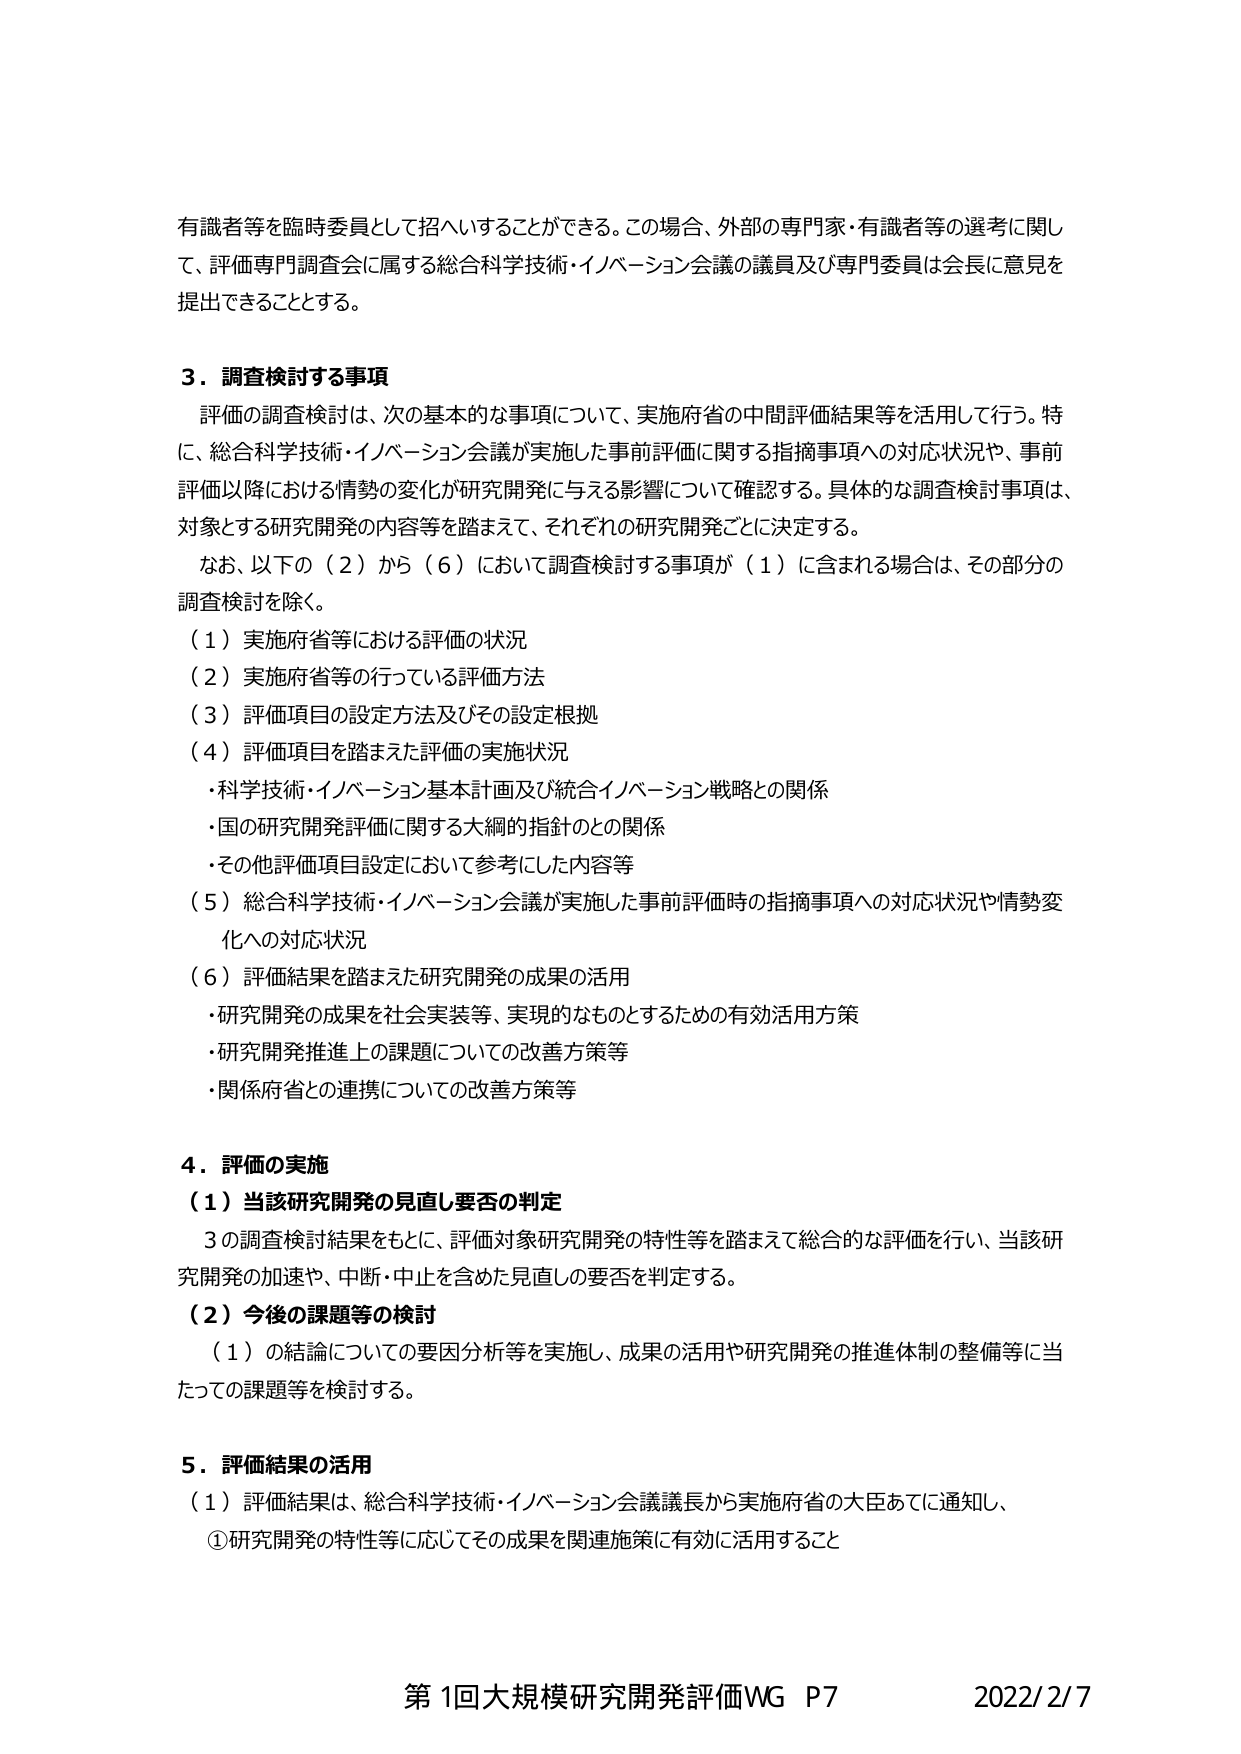
有識者等を臨時委員として招へいすることができる。この場合、外部の専門家・有識者等の選考に関して、評価専門調査会に属する総合科学技術・イノベーション会議の議員及び専門委員は会長に意見を提出できることとする。

3．調査検討する事項
評価の調査検討は、次の基本的な事項について、実施府省の中間評価結果等を活用して行う。特に、総合科学技術・イノベーション会議が実施した事前評価に関する指摘事項への対応状況や、事前評価以降における情勢の変化が研究開発に与える影響について確認する。具体的な調査検討事項は、対象とする研究開発の内容等を踏まえて、それぞれの研究開発ごとに決定する。
なお、以下の（2）から（6）において調査検討する事項が（1）に含まれる場合は、その部分の調査検討を除く。
（1）実施府省等における評価の状況
（2）実施府省等の行っている評価方法
（3）評価項目の設定方法及びその設定根拠
（4）評価項目を踏まえた評価の実施状況
・科学技術・イノベーション基本計画及び統合イノベーション戦略との関係
・国の研究開発評価に関する大綱的指針との関係
・その他評価項目設定において参考にした内容等
（5）総合科学技術・イノベーション会議が実施した事前評価時の指摘事項への対応状況や情勢変化への対応状況
（6）評価結果を踏まえた研究開発の成果の活用
・研究開発の成果を社会実装等、実現的なものとするための有効活用方策
・研究開発推進上の課題についての改善方策等
・関係府省との連携についての改善方策等

4．評価の実施
（1）当該研究開発の見直し要否の判定
3の調査検討結果をもとに、評価対象研究開発の特性等を踏まえて総合的な評価を行い、当該研究開発の加速や、中断・中止を含めた見直しの要否を判定する。
（2）今後の課題等の検討
（1）の結論についての要因分析等を実施し、成果の活用や研究開発の推進体制の整備等に当たっての課題等を検討する。

5．評価結果の活用
（1）評価結果は、総合科学技術・イノベーション会議議長から実施府省の大臣あてに通知し、
①研究開発の特性等に応じてその成果を関連施策に有効に活用すること

第1回大規模研究開発評価WG P7 2022/2/7